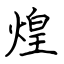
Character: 煌